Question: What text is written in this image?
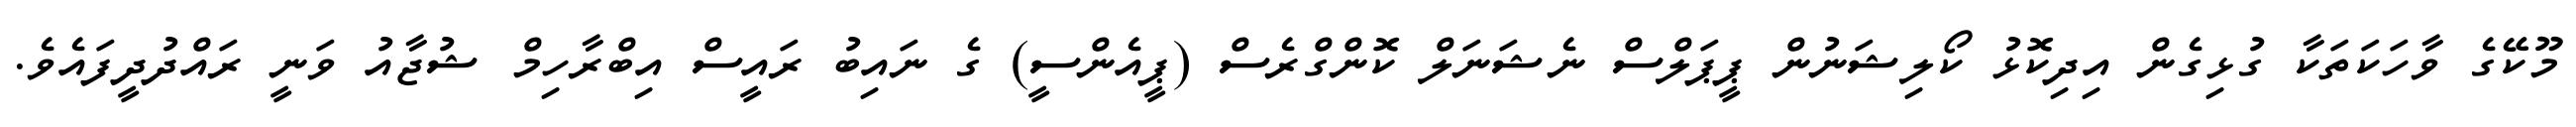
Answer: މޫކޭގެ ވާހަކަތަކާ ގުޅިގެން އިދިކޮޅު ކޯލިޝަނުން ޕީޕަލްސް ނެޝަނަލް ކޮންގްރެސް (ޕީއެންސީ) ގެ ނައިބު ރައީސް އިބްރާހިމް ޝުޖާއު ވަނީ ރައްދުދީފައެވެ.